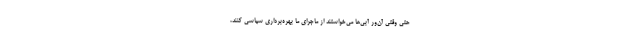
حتی وقتی آن‌ور آبی‌ها می‌خواستند از ماجرای ما بهره‌برداری سیاسی ‌کنند،